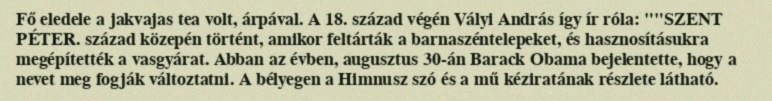
Fő eledele a jakvajas tea volt, árpával. A 18. század végén Vályi András így ír róla: ""SZENT PÉTER. század közepén történt, amikor feltárták a barnaszéntelepeket, és hasznosításukra megépítették a vasgyárat. Abban az évben, augusztus 30-án Barack Obama bejelentette, hogy a nevet meg fogják változtatni. A bélyegen a Himnusz szó és a mű kéziratának részlete látható.